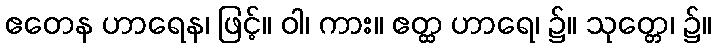
ဧတေန ဟာရေန၊ ဖြင့်။ ဝါ၊ ကား။ ဧတ္ထ ဟာရေ၊ ၌။ သုတ္တေ၊ ၌။